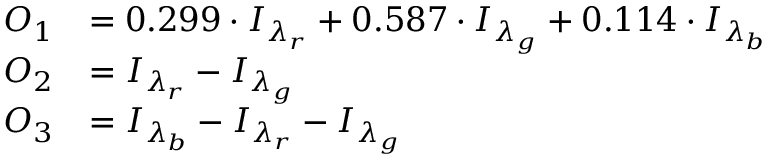
\begin{array} { r l } { O _ { 1 } } & { = 0 . 2 9 9 \cdot I _ { \lambda _ { r } } + 0 . 5 8 7 \cdot I _ { \lambda _ { g } } + 0 . 1 1 4 \cdot I _ { \lambda _ { b } } } \\ { O _ { 2 } } & { = I _ { \lambda _ { r } } - I _ { \lambda _ { g } } } \\ { O _ { 3 } } & { = I _ { \lambda _ { b } } - I _ { \lambda _ { r } } - I _ { \lambda _ { g } } } \end{array}